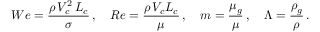
W e = \frac { \rho \, V _ { c } ^ { 2 } \, L _ { c } } { \sigma } \, , \quad R e = \frac { \rho \, V _ { c } L _ { c } } { \mu } \, , \quad m = \frac { \mu _ { g } } { \mu } \, , \quad \Lambda = \frac { \rho _ { g } } { \rho } \, .